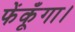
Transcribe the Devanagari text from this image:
फेंकूँगा।